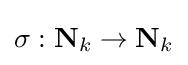
\sigma :\mathbf {N} _{k}\to \mathbf {N} _{k}